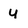
Character: 4